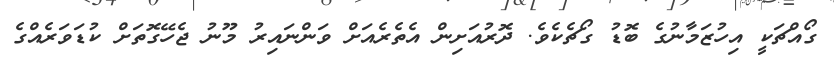
ގޯއްޗަކީ އިހުޒަމާނުގެ ބޮޑު ގޯޗެކެވެ. ދޮރުއަށިން އެތެރެއަށް ވަންނައިރު މޫނު ޖެހޭގޮތަށް ކުޑަވަރެއްގެ